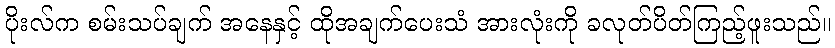
ပိုးလ်က စမ်းသပ်ချက် အနေနှင့် ထိုအချက်ပေးသံ အားလုံးကို ခလုတ်ပိတ်ကြည့်ဖူးသည်။